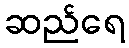
ဆည်ရေ